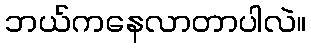
ဘယ်ကနေလာတာပါလဲ။